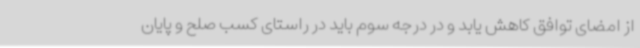
از امضای توافق کاهش یابد و در درجه سوم باید در راستای کسب صلح و پایان